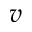
v